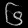
Digit: ၆